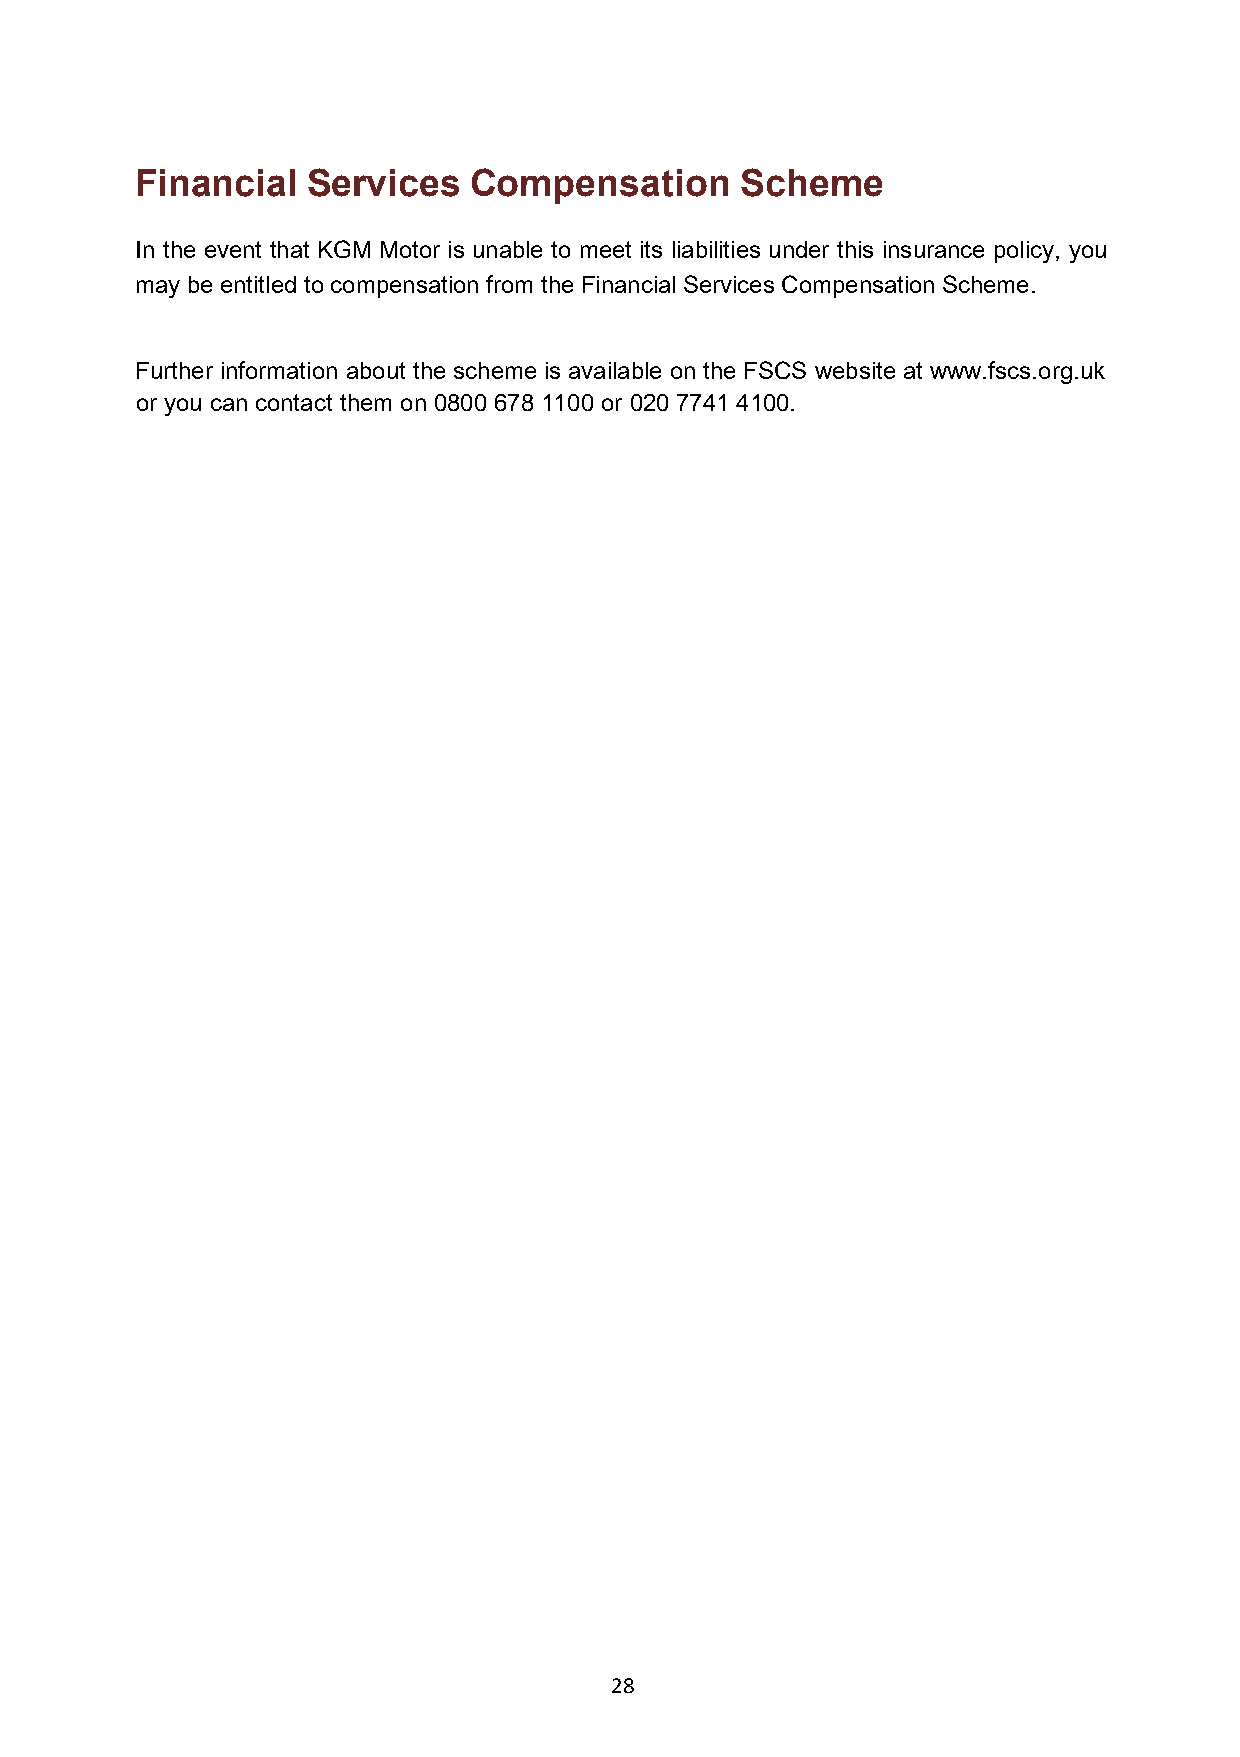
Financial  Services   Compensation      Scheme
 In the event that KGM Motor is unable to meet its liabilities under this insurance policy, you
 may be entitled to compensation from the Financial Services Compensation Scheme.
 Further information about the scheme is available on the FSCS website at www.fscs.org.uk
 or you can contact them on 0800 678 1100 or 020 7741 4100.
 28